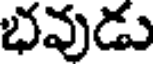
భవుడు